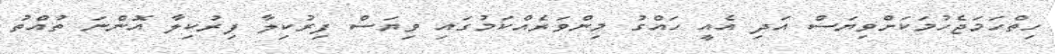
ހިތްހަމަޖެހުމަކަށްވިޔަސް އަދި އެއީ ހައްގު މިންވަރެއްކަމުގައި ވިޔަސް ފިރުކިލާ ފިރުކިލާ އޮންނަ ތުއްތު